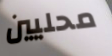
محليين